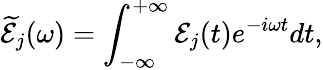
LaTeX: \mathcal{\widetilde E}_{j}(\omega)=\int_{-\infty}^{+\infty}\mathcal{E}_{j}(t)e^{-i\omega t}dt,